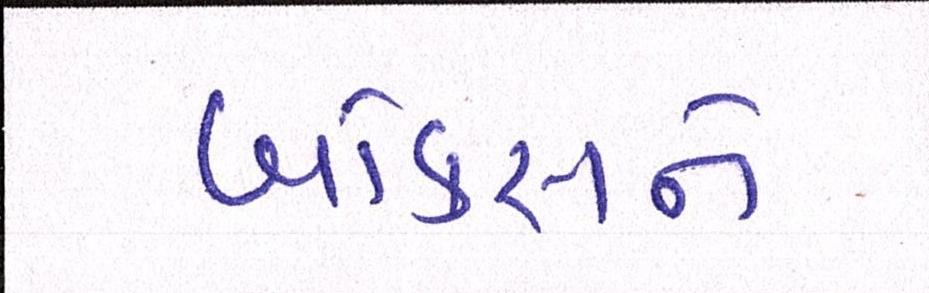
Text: બોક્સને